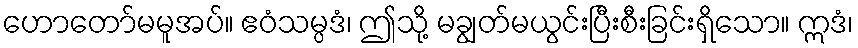
ဟောတော်မမူအပ်။ ဧဝံသမ္ပဒံ၊ ဤသို့ မချွတ်မယွင်းပြီးစီးခြင်းရှိသော။ ဣဒံ၊